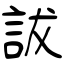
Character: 詙